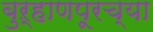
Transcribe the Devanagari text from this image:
बुऱ्हाणपूरच्या